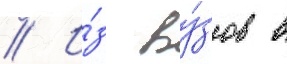
// И́з ву́зов в